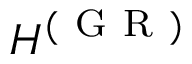
H ^ { ( \mathrm { ~ G ~ R ~ } ) }